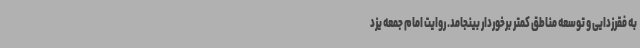
به فقرزدایی و توسعه مناطق کمتر برخوردار بینجامد. روایت امام جمعه یزد